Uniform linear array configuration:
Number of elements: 12
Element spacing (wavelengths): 0.25
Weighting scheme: kaiser
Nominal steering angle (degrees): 0
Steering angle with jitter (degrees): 1.396
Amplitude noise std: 0.05
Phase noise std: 0.05

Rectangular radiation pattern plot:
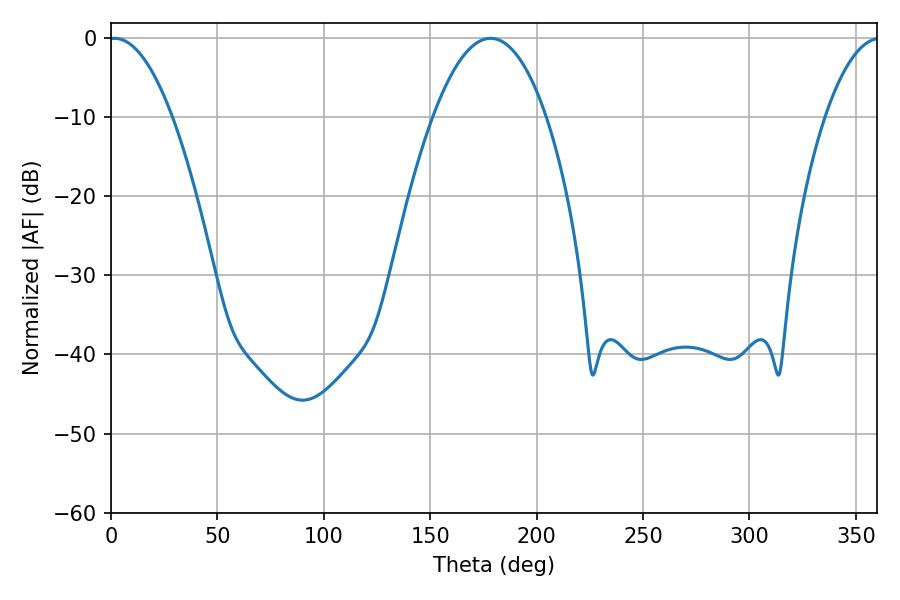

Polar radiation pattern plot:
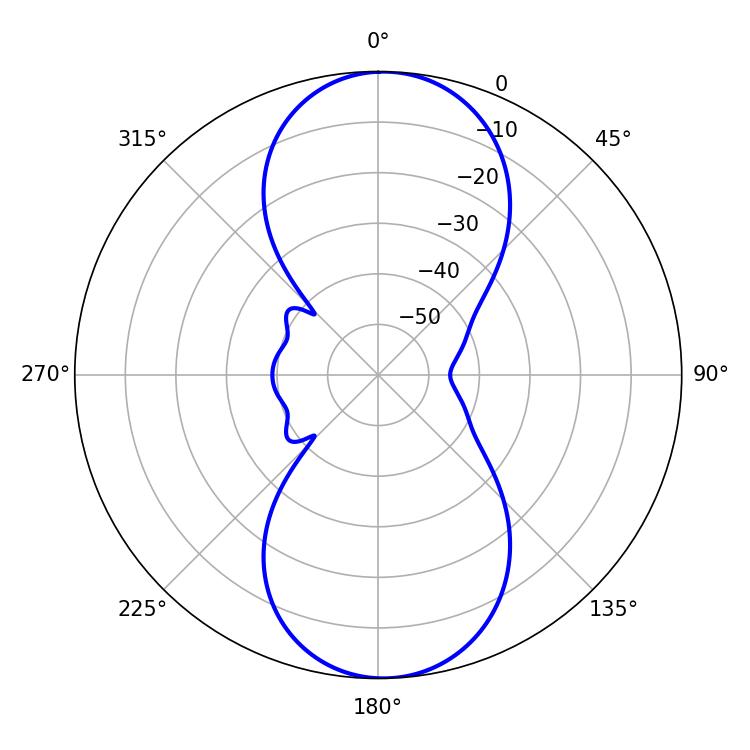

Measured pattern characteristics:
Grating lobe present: FALSE
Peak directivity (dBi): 17.303
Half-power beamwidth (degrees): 16.38
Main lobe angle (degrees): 1.62